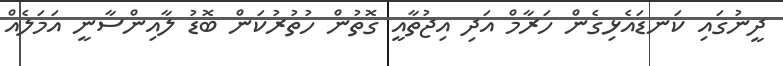
ދީނުގައި ކަނޑައެޅިގެން ހަރާމް އަދި އިޖުތާއީ ގޮތުން ހުތުރުކަން ބޮޑު ލާއިންސާނީ އަމަލެއް